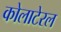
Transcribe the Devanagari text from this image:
कोलाटेरल